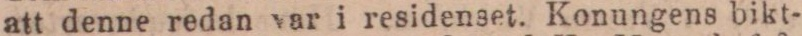
att denne redan var i residenset. Konungens bikt-